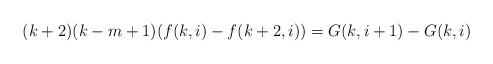
LaTeX: \begin{align*}(k+2)(k-m+1)(f(k,i)-f(k+2,i))=G(k,i+1)-G(k,i)\end{align*}